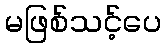
မဖြစ်သင့်ပေ